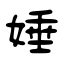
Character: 娷